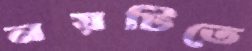
নয়টিতে